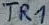
Text: TR1